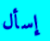
إسأل